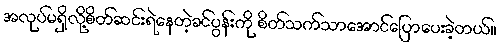
အလုပ်မရှိလို့စိတ်ဆင်းရဲနေတဲ့ခင်ပွန်းကို စိတ်သက်သာအောင်ပြောပေးခဲ့တယ်။